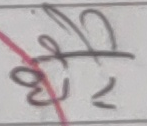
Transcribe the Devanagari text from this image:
धेरै